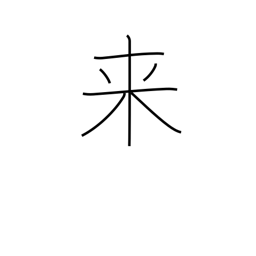
Meaning: become